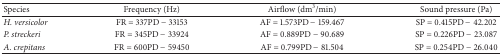
| Species | Frequency (Hz) | Airflow (dm3/min) | Sound pressure (Pa) |
 | --- | --- | --- | --- |
 | H. versicolor | FR = 337PD − 33153 | AF = 1.573PD − 159.467 | SP = 0.415PD − 42.202 |
 | P. streckeri | FR = 345PD − 33924 | AF = 0.889PD − 90.689 | SP = 0.226PD − 23.087 |
 | A. crepitans | FR = 600PD − 59450 | AF = 0.799PD − 81.504 | SP = 0.254PD − 26.040 |